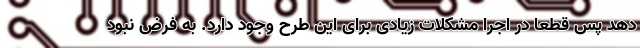
دهد پس قطعا در اجرا مشکلات زیادی برای این طرح وجود دارد. به فرض نبود